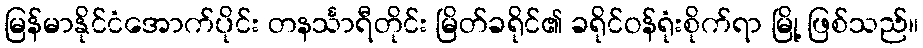
မြန်မာနိုင်ငံအောက်ပိုင်း တနင်္သာရီတိုင်း မြိတ်ခရိုင်၏ ခရိုင်ဝန်ရုံးစိုက်ရာ မြို့ ဖြစ်သည်။